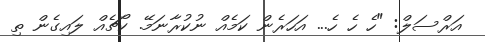
އަރްސަލް: "ހެ ހެ ހެ... އަހަރެން ކަމެއް ނުކުރާނަމޭ. ކޯޗެއް ލައިގެން ތި